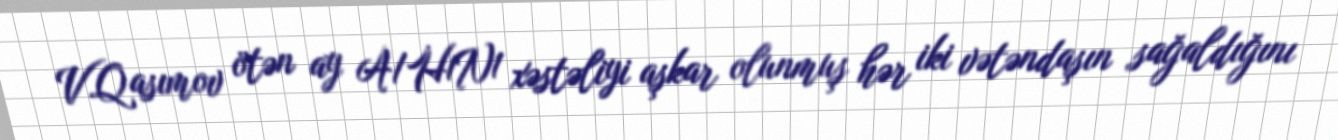
V.Qasımov ötən ay A/H1N1 xəstəliyi aşkar olunmuş hər iki vətəndaşın sağaldığını